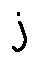
j